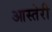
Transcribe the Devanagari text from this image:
आस्तेरी